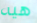
هيه